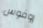
روفوس